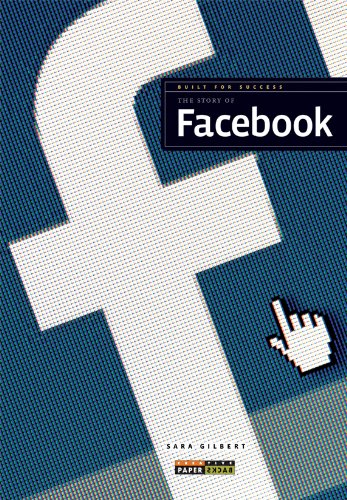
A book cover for Built for Success: The Story of Facebook; Sara Gilbert; Children's Books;